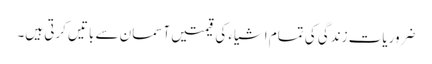
ضروریات زندگی کی تمام اشیاء کی قیمتیں آسمان سے باتیں کرتی ہیں۔